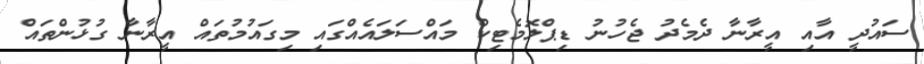
ސައުދީ އާއި އީރާނާ ދެމެދު ޖެހުނު ޑިޕްލޮމެޓިކް މައްސަލައެއްގައި މިގައުމުތައް އީރާނާ ގުޅުންތައް